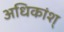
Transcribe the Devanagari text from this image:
अधिकांश्